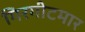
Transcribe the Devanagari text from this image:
गिरगीटमार